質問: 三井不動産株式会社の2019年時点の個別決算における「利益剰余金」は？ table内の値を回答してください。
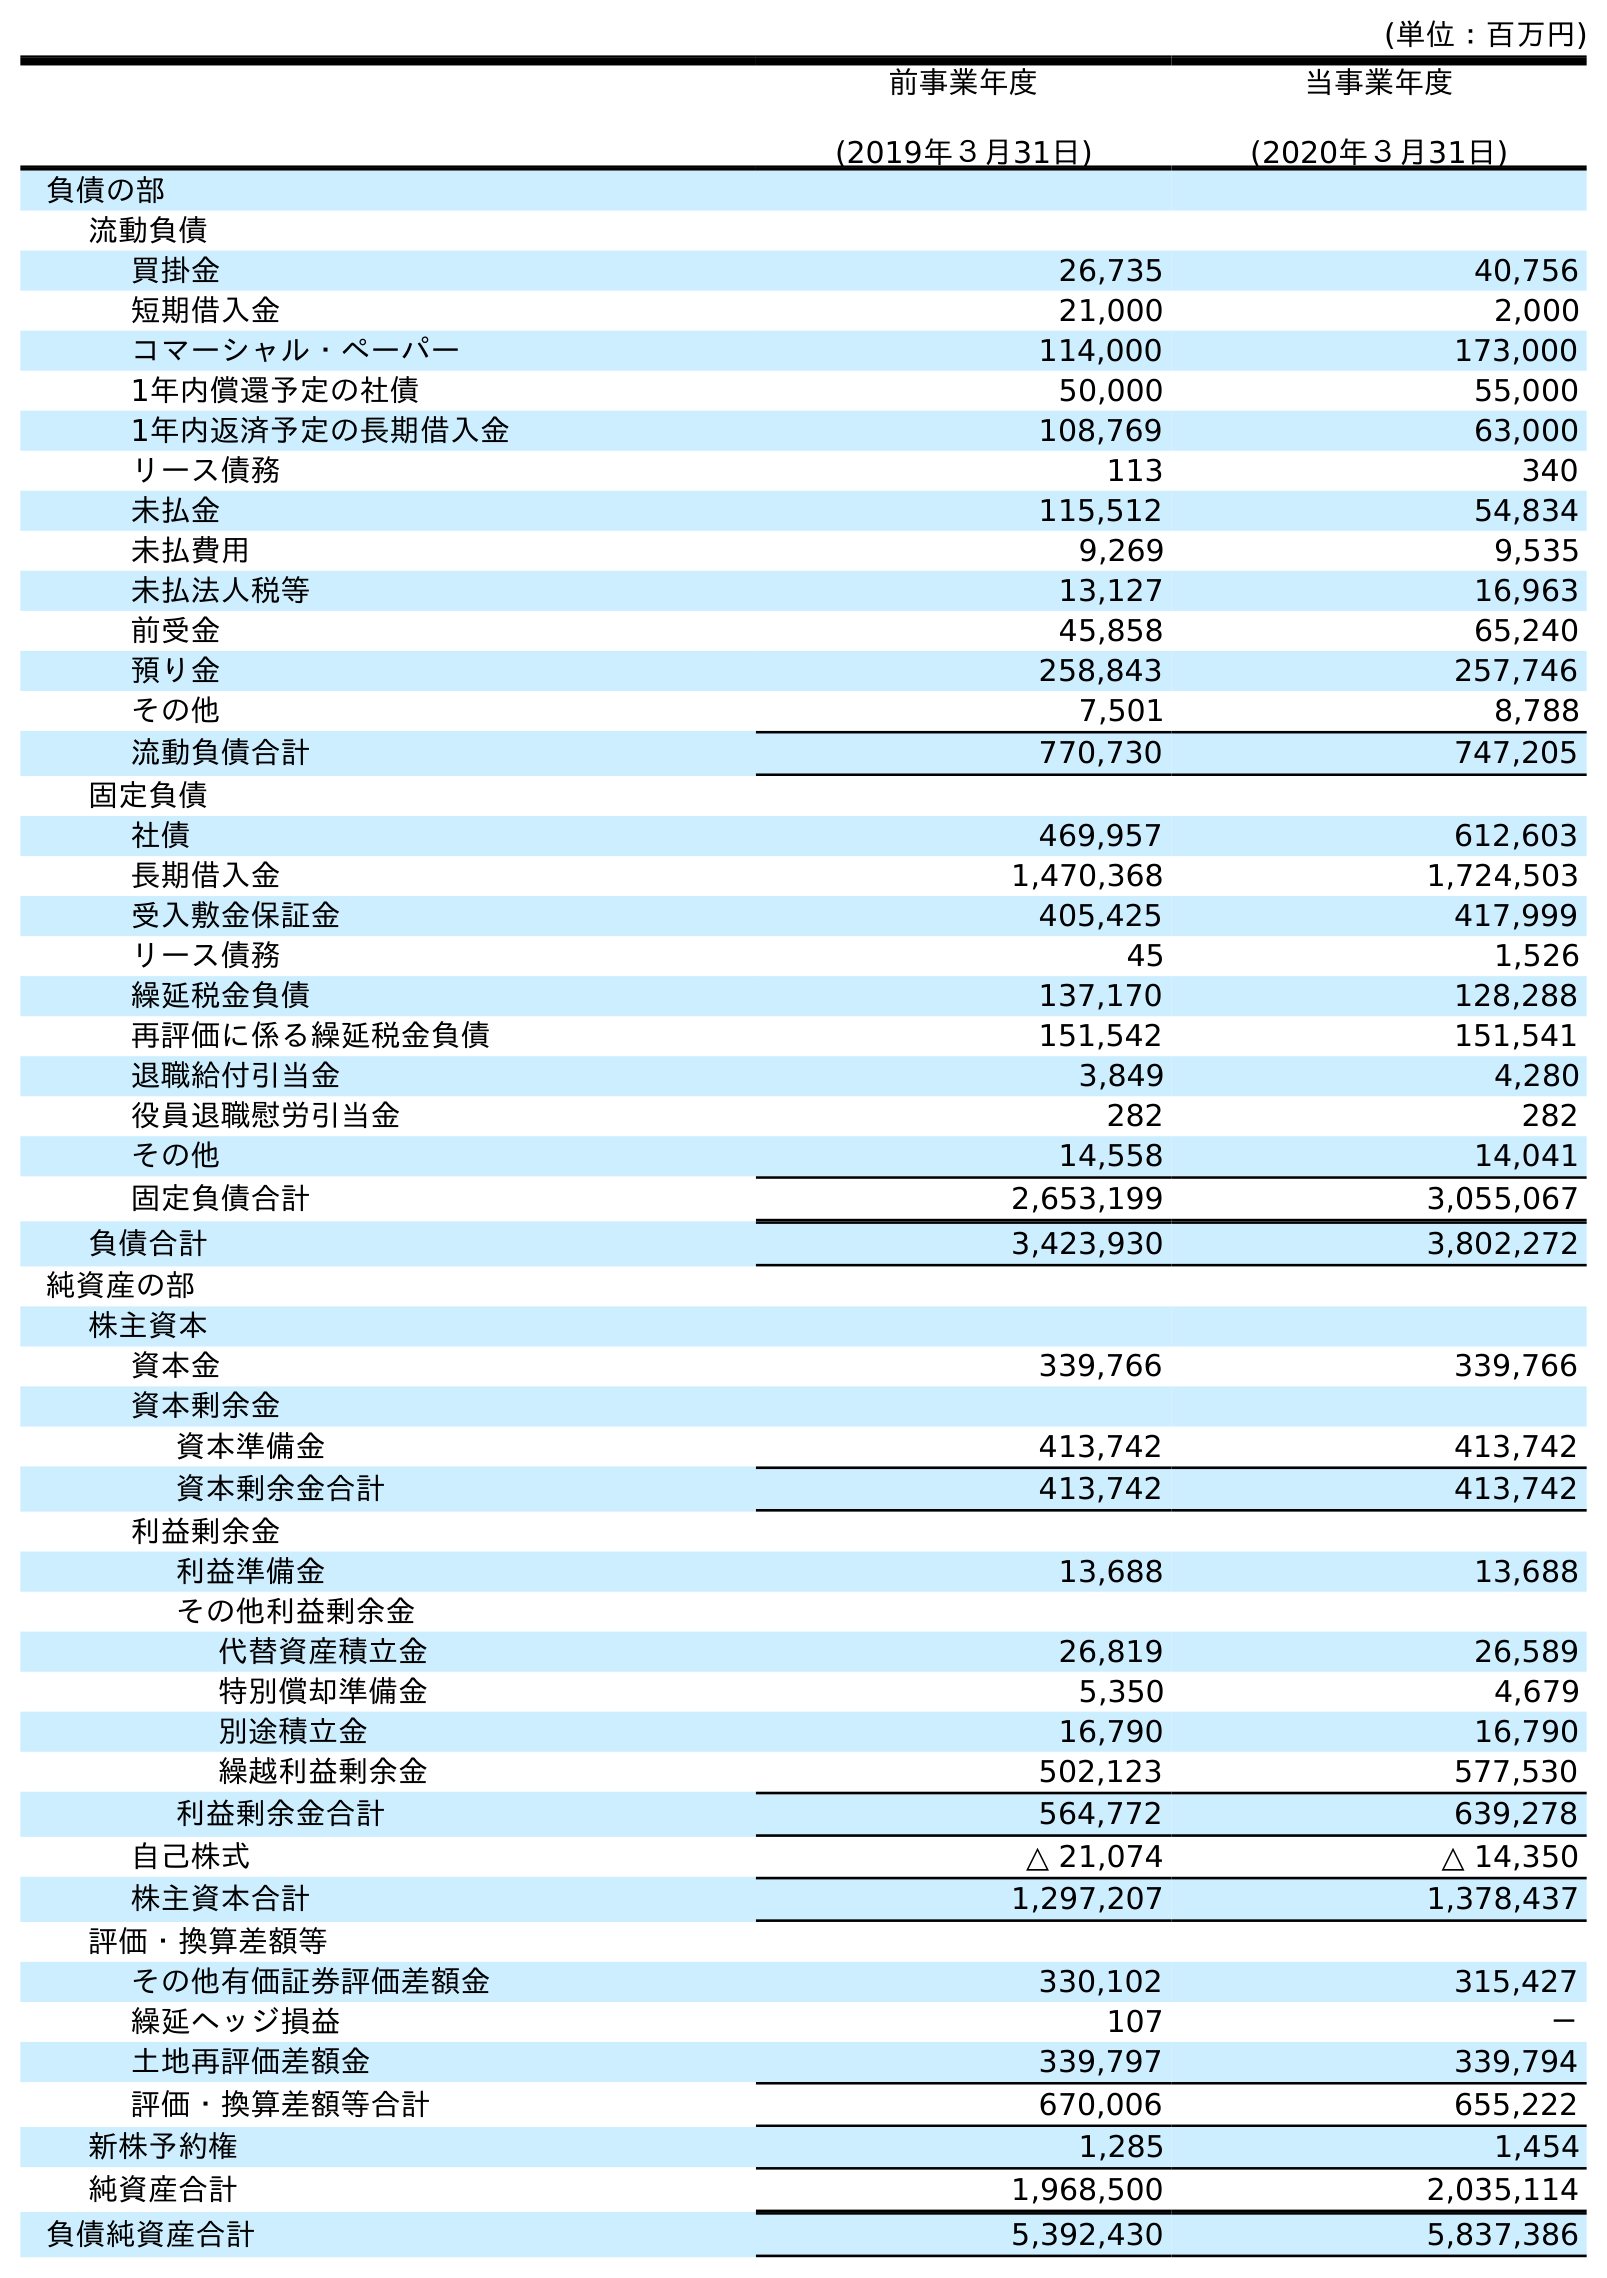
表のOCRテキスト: (単位：百万円) 前事業年度 (2019年３月31日) 当事業年度 (2020年３月31日) 負債の部 流動負債 買掛金 26,735 40,756 短期借入金 21,000 2,000 コマーシャル・ペーパー 114,000 173,000 1年内償還予定の社債 50,000 55,000 1年内返済予定の長期借入金 108,769 63,000 リース債務 113 340 未払金 115,512 54,834 未払費用 9,269 9,535 未払法人税等 13,127 16,963 前受金 45,858 65,240 預り金 258,843 257,746 その他 7,501 8,788 流動負債合計 770,730 747,205 固定負債 社債 469,957 612,603 長期借入金 1,470,368 1,724,503 受入敷金保証金 405,425 417,999 リース債務 45 1,526 繰延税金負債 137,170 128,288 再評価に係る繰延税金負債 151,542 151,541 退職給付引当金 3,849 4,280 役員退職慰労引当金 282 282 その他 14,558 14,041 固定負債合計 2,653,199 3,055,067 負債合計 3,423,930 3,802,272 純資産の部 株主資本 資本金 339,766 339,766 資本剰余金 資本準備金 413,742 413,742 資本剰余金合計 413,742 413,742 利益剰余金 利益準備金 13,688 13,688 その他利益剰余金 代替資産積立金 26,819 26,589 特別償却準備金 5,350 4,679 別途積立金 16,790 16,790 繰越利益剰余金 502,123 577,530 利益剰余金合計 564,772 639,278 自己株式 △ 21,074 △ 14,350 株主資本合計 1,297,207 1,378,437 評価・換算差額等 その他有価証券評価差額金 330,102 315,427 繰延ヘッジ損益 107 － 土地再評価差額金 339,797 339,794 評価・換算差額等合計 670,006 655,222 新株予約権 1,285 1,454 純資産合計 1,968,500 2,035,114 負債純資産合計 5,392,430 5,837,386
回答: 564,772